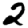
Digit: 2